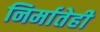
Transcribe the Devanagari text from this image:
निर्मातेही